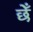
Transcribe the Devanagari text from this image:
छेँ